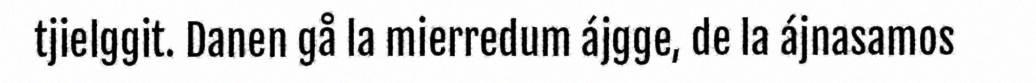
tjielggit. Danen gå la mierredum ájgge, de la ájnasamos